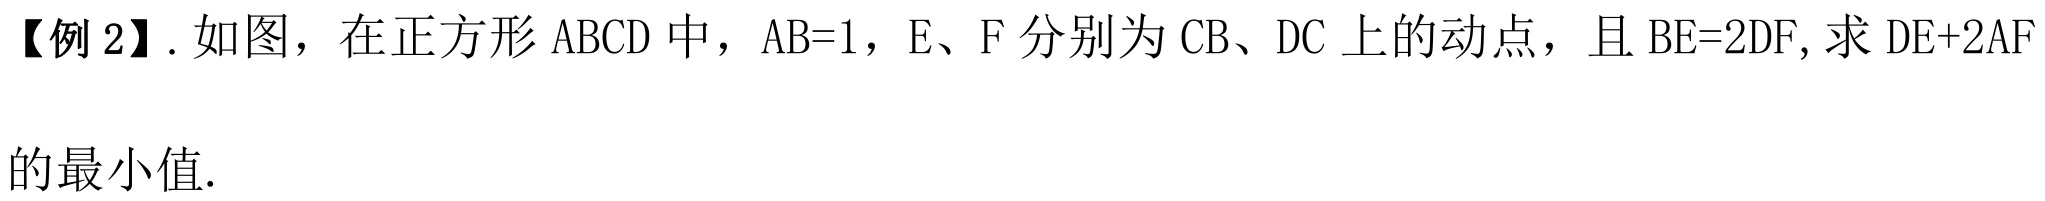
【例 2】. 如图，在正方形 \(ABCD\) 中，\(AB = 1\)，\(E\)、\(F\) 分别为 \(CB\)、\(DC\) 上的动点，且 \(BE = 2DF\), 求 \(DE + 2AF\) 的最小值.